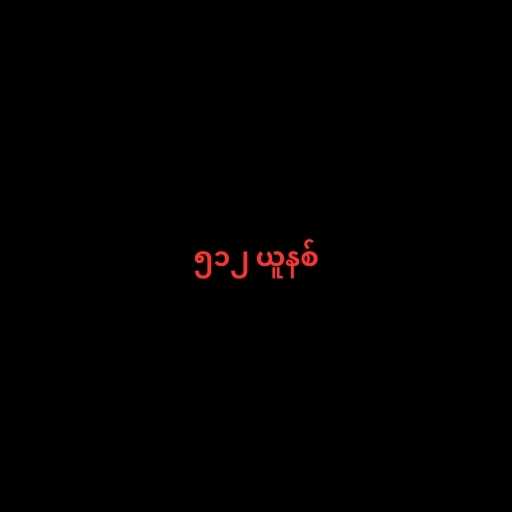
၅၁၂ ယူနစ်